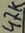
Text: 47K